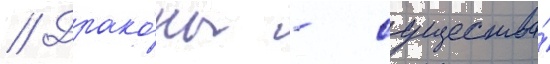
// Драко́ны - существа́